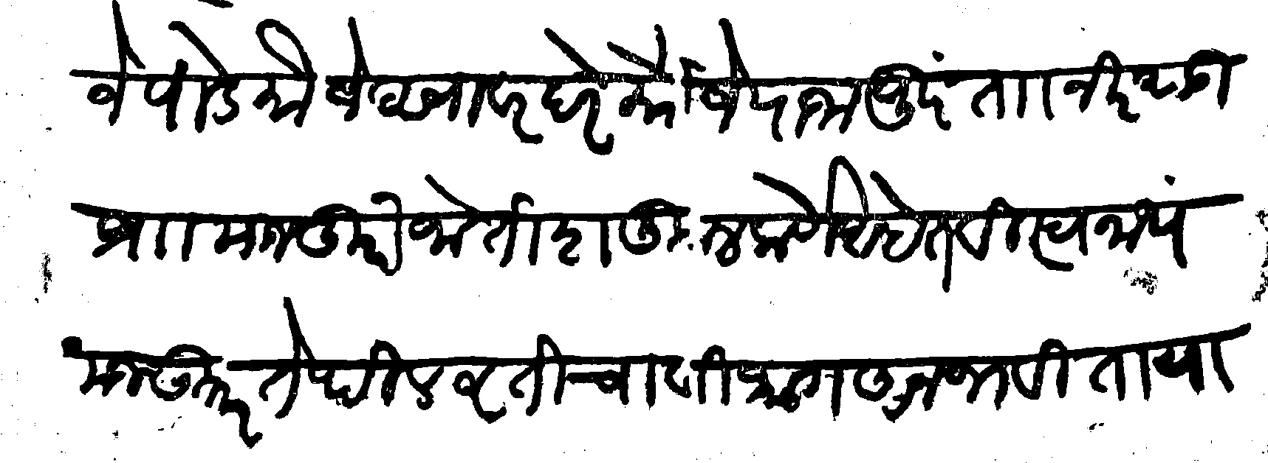
Transliteration (Devanagari): मौजे पांडे मौजे सावरदरे मौजे राजापूर ताा निरथडी प्राा मजकुरी जोतीश कुलकर्णे आहेत विस्वनाथ मजकर तेथील वृतीचा विभाग अनभविता या